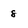
Character: 8